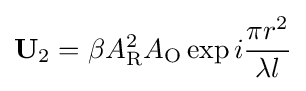
\mathbf {U} _{2}=\beta A_{\text{R}}^{2}A_{\text{O}}\exp i{\frac {\pi r^{2}}{\lambda l}}